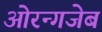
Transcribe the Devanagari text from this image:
ओरन्गजेब